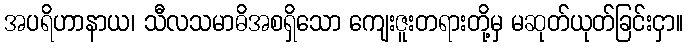
အပရိဟာနာယ၊ သီလသမာဓိအစရှိသော ကျေးဇူးတရားတို့မှ မဆုတ်ယုတ်ခြင်းငှာ။